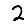
Digit: 2